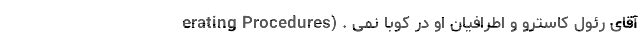
erating Procedures) . آقای رئول کاسترو و اطرافیان او در کوبا نمی­